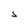
Character: S